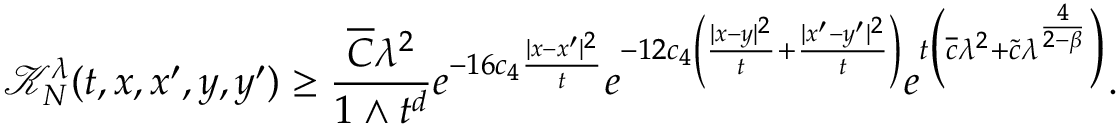
\mathcal { K } _ { N } ^ { \lambda } ( t , x , x ^ { \prime } , y , y ^ { \prime } ) \ge \frac { \overline { { C } } \lambda ^ { 2 } } { 1 \wedge t ^ { d } } e ^ { - 1 6 c _ { 4 } \frac { | x - x ^ { \prime } | ^ { 2 } } { t } } e ^ { - 1 2 c _ { 4 } \left( \frac { | x - y | ^ { 2 } } { t } + \frac { | x ^ { \prime } - y ^ { \prime } | ^ { 2 } } { t } \right) } e ^ { t \Big ( \overline { { c } } \lambda ^ { 2 } + \widetilde { c } \lambda ^ { \frac { 4 } { 2 - \beta } } \Big ) } .